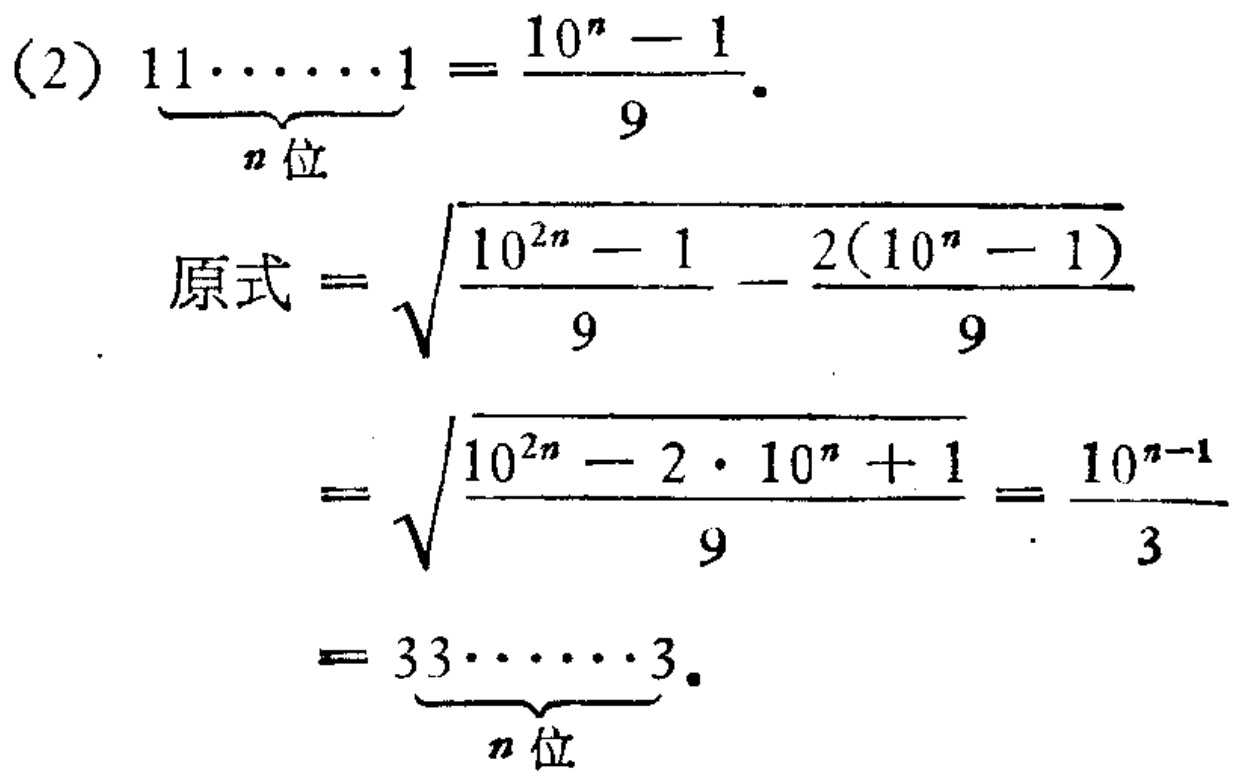
(2) $\underbrace{11\cdots1}_{n\text{ 位}}=\frac{10^{n}-1}{9}$.

  原式$=\sqrt{\frac{10^{2n}-1}{9}-\frac{2(10^{n}-1)}{9}}$

  $=\sqrt{\frac{10^{2n}-2\cdot10^{n}+1}{9}}=\frac{10^{n - 1}}{3}$

  $=\underbrace{33\cdots3}_{n\text{ 位}}$.